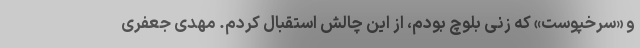
و «سرخپوست» که زنی بلوچ بودم، از این چالش استقبال کردم. مهدی جعفری